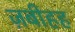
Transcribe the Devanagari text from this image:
ज़बीहह